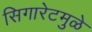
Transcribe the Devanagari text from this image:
सिगारेटमुळे